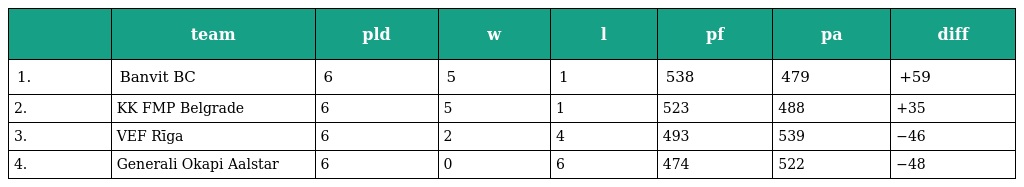
|  | team | pld | w | l | pf | pa | diff |
 | --- | --- | --- | --- | --- | --- | --- | --- |
 | 1. | Banvit BC | 6 | 5 | 1 | 538 | 479 | +59 |
 | 2. | KK FMP Belgrade | 6 | 5 | 1 | 523 | 488 | +35 |
 | 3. | VEF Rīga | 6 | 2 | 4 | 493 | 539 | −46 |
 | 4. | Generali Okapi Aalstar | 6 | 0 | 6 | 474 | 522 | −48 |